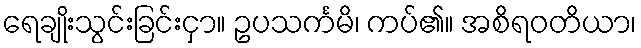
ရေချိုးသွင်းခြင်းငှာ။ ဥပသင်္ကမိ၊ ကပ်၏။ အစိရဝတိယာ၊